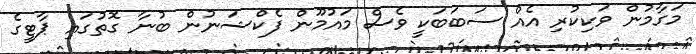
މަގާމުން ވަކިކުރި އެއް ސަބަބަކީ ވެސް މައުމޫން ފެކްޝަނުން ބުނާ ގޮތުގައި ޕާޓީގެ